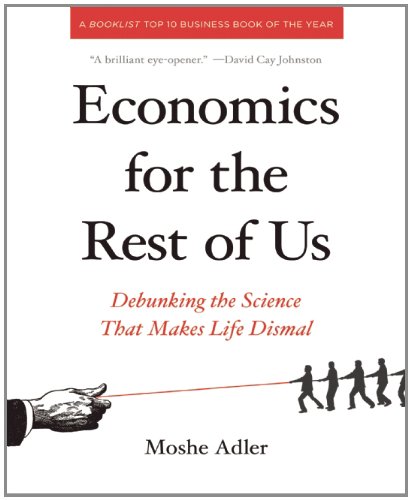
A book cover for Economics for the Rest of Us: Debunking the Science That Makes Life Dismal; Moshe Adler; Business & Money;